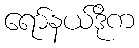
ရော်နယ်ဒိုက